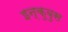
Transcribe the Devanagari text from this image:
इन्कुबुस